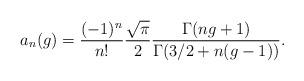
LaTeX: \begin{align*}a_n(g) = \frac{(-1)^n}{n!} \frac{\sqrt{\pi}}{2}\frac{\Gamma(ng+1)}{\Gamma(3/2 +n(g-1))}.\end{align*}